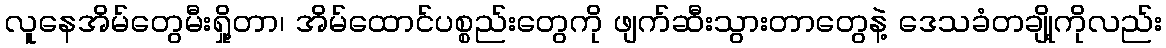
လူနေအိမ်တွေမီးရှို့တာ၊ အိမ်ထောင်ပစ္စည်းတွေကို ဖျက်ဆီးသွားတာတွေနဲ့ ဒေသခံတချို့ကိုလည်း